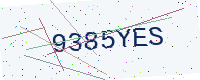
Text: 9385YES